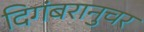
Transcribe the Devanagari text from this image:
दिगंबरानुचर